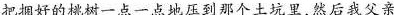
把捆好的桃树一点一点地压到那个土坑里，然后我父亲